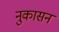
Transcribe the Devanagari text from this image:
नुकासन